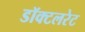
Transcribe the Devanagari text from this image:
डॉक्टलरेट